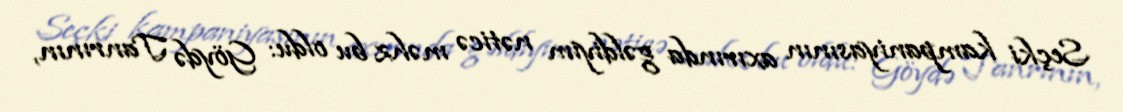
Seçki kampaniyasının axırında gəldiyim nəticə məhz bu oldu: Göydə Tanrının,